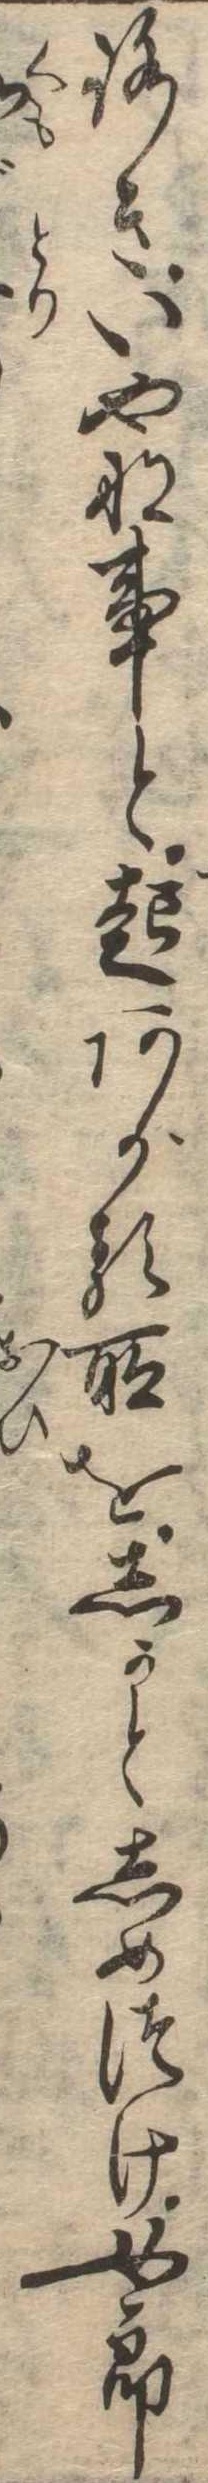
ろきいやな事と起あがる所をしかとしめつけ女郎